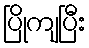
ပြိုကျပြီး